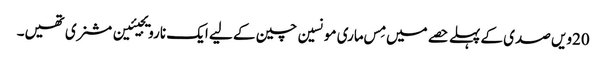
20ویں صدی کے پہلے حصے میں مِس ماری مونسین چین کے لیے ایک نارویجیئین مشنری تھیں۔